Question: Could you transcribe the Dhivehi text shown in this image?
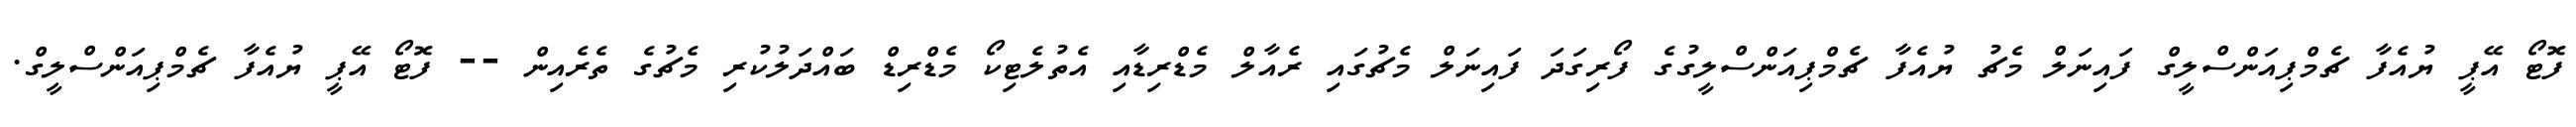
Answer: ފޮޓޯ އޭޕީ ޔުއެފާ ޗެމްޕިއަންސްލީގް ފައިނަލް މެޗު ޔުއެފާ ޗެމްޕިއަންސްލީގުގެ ފޯރިގަދަ ފައިނަލް މެޗުގައި ރެއާލް މެޑްރިޑާއި އެތުލެޓިކޯ މެޑްރިޑް ބައްދަލުކުރި މެޗުގެ ތެރެއިން -- ފޮޓޯ އޭޕީ ޔުއެފާ ޗެމްޕިއަންސްލީގް.